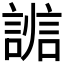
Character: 𧩵